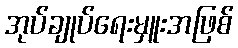
အုပ်ချုပ်ရေးမှူးအဖြစ်